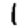
Digit: 1